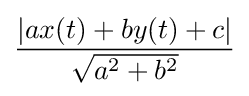
{\frac {|ax(t)+by(t)+c|}{\sqrt {a^{2}+b^{2}}}}